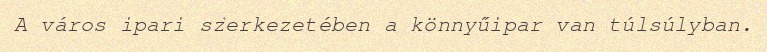
A város ipari szerkezetében a könnyűipar van túlsúlyban.